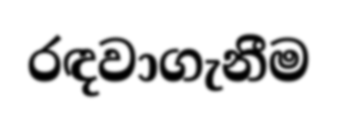
රඳවාගැනීම